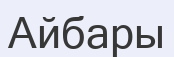
Айбары